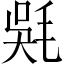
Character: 𣮇